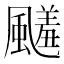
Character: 𩘭